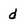
Character: d